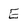
Character: E